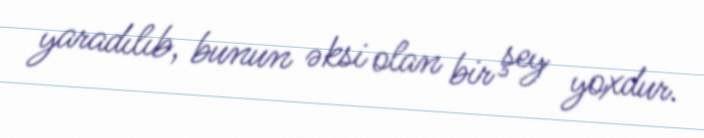
yaradılıb, bunun əksi olan bir şey yoxdur.